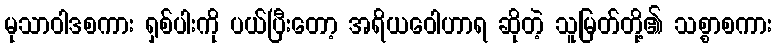
မုသာဝါဒစကား ရှစ်ပါးကို ပယ်ပြီးတော့ အရိယဝေါဟာရ ဆိုတဲ့ သူမြတ်တို့၏ သစ္စာစကား